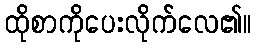
ထိုစာကိုပေးလိုက်လေ၏။